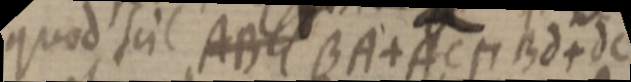
quod scil ABG BA + ACM Bd + dc